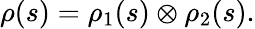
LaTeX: \rho(s)=\rho_{1}(s)\otimes\rho_{2}(s).